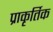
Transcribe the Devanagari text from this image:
प्राकृर्तिक